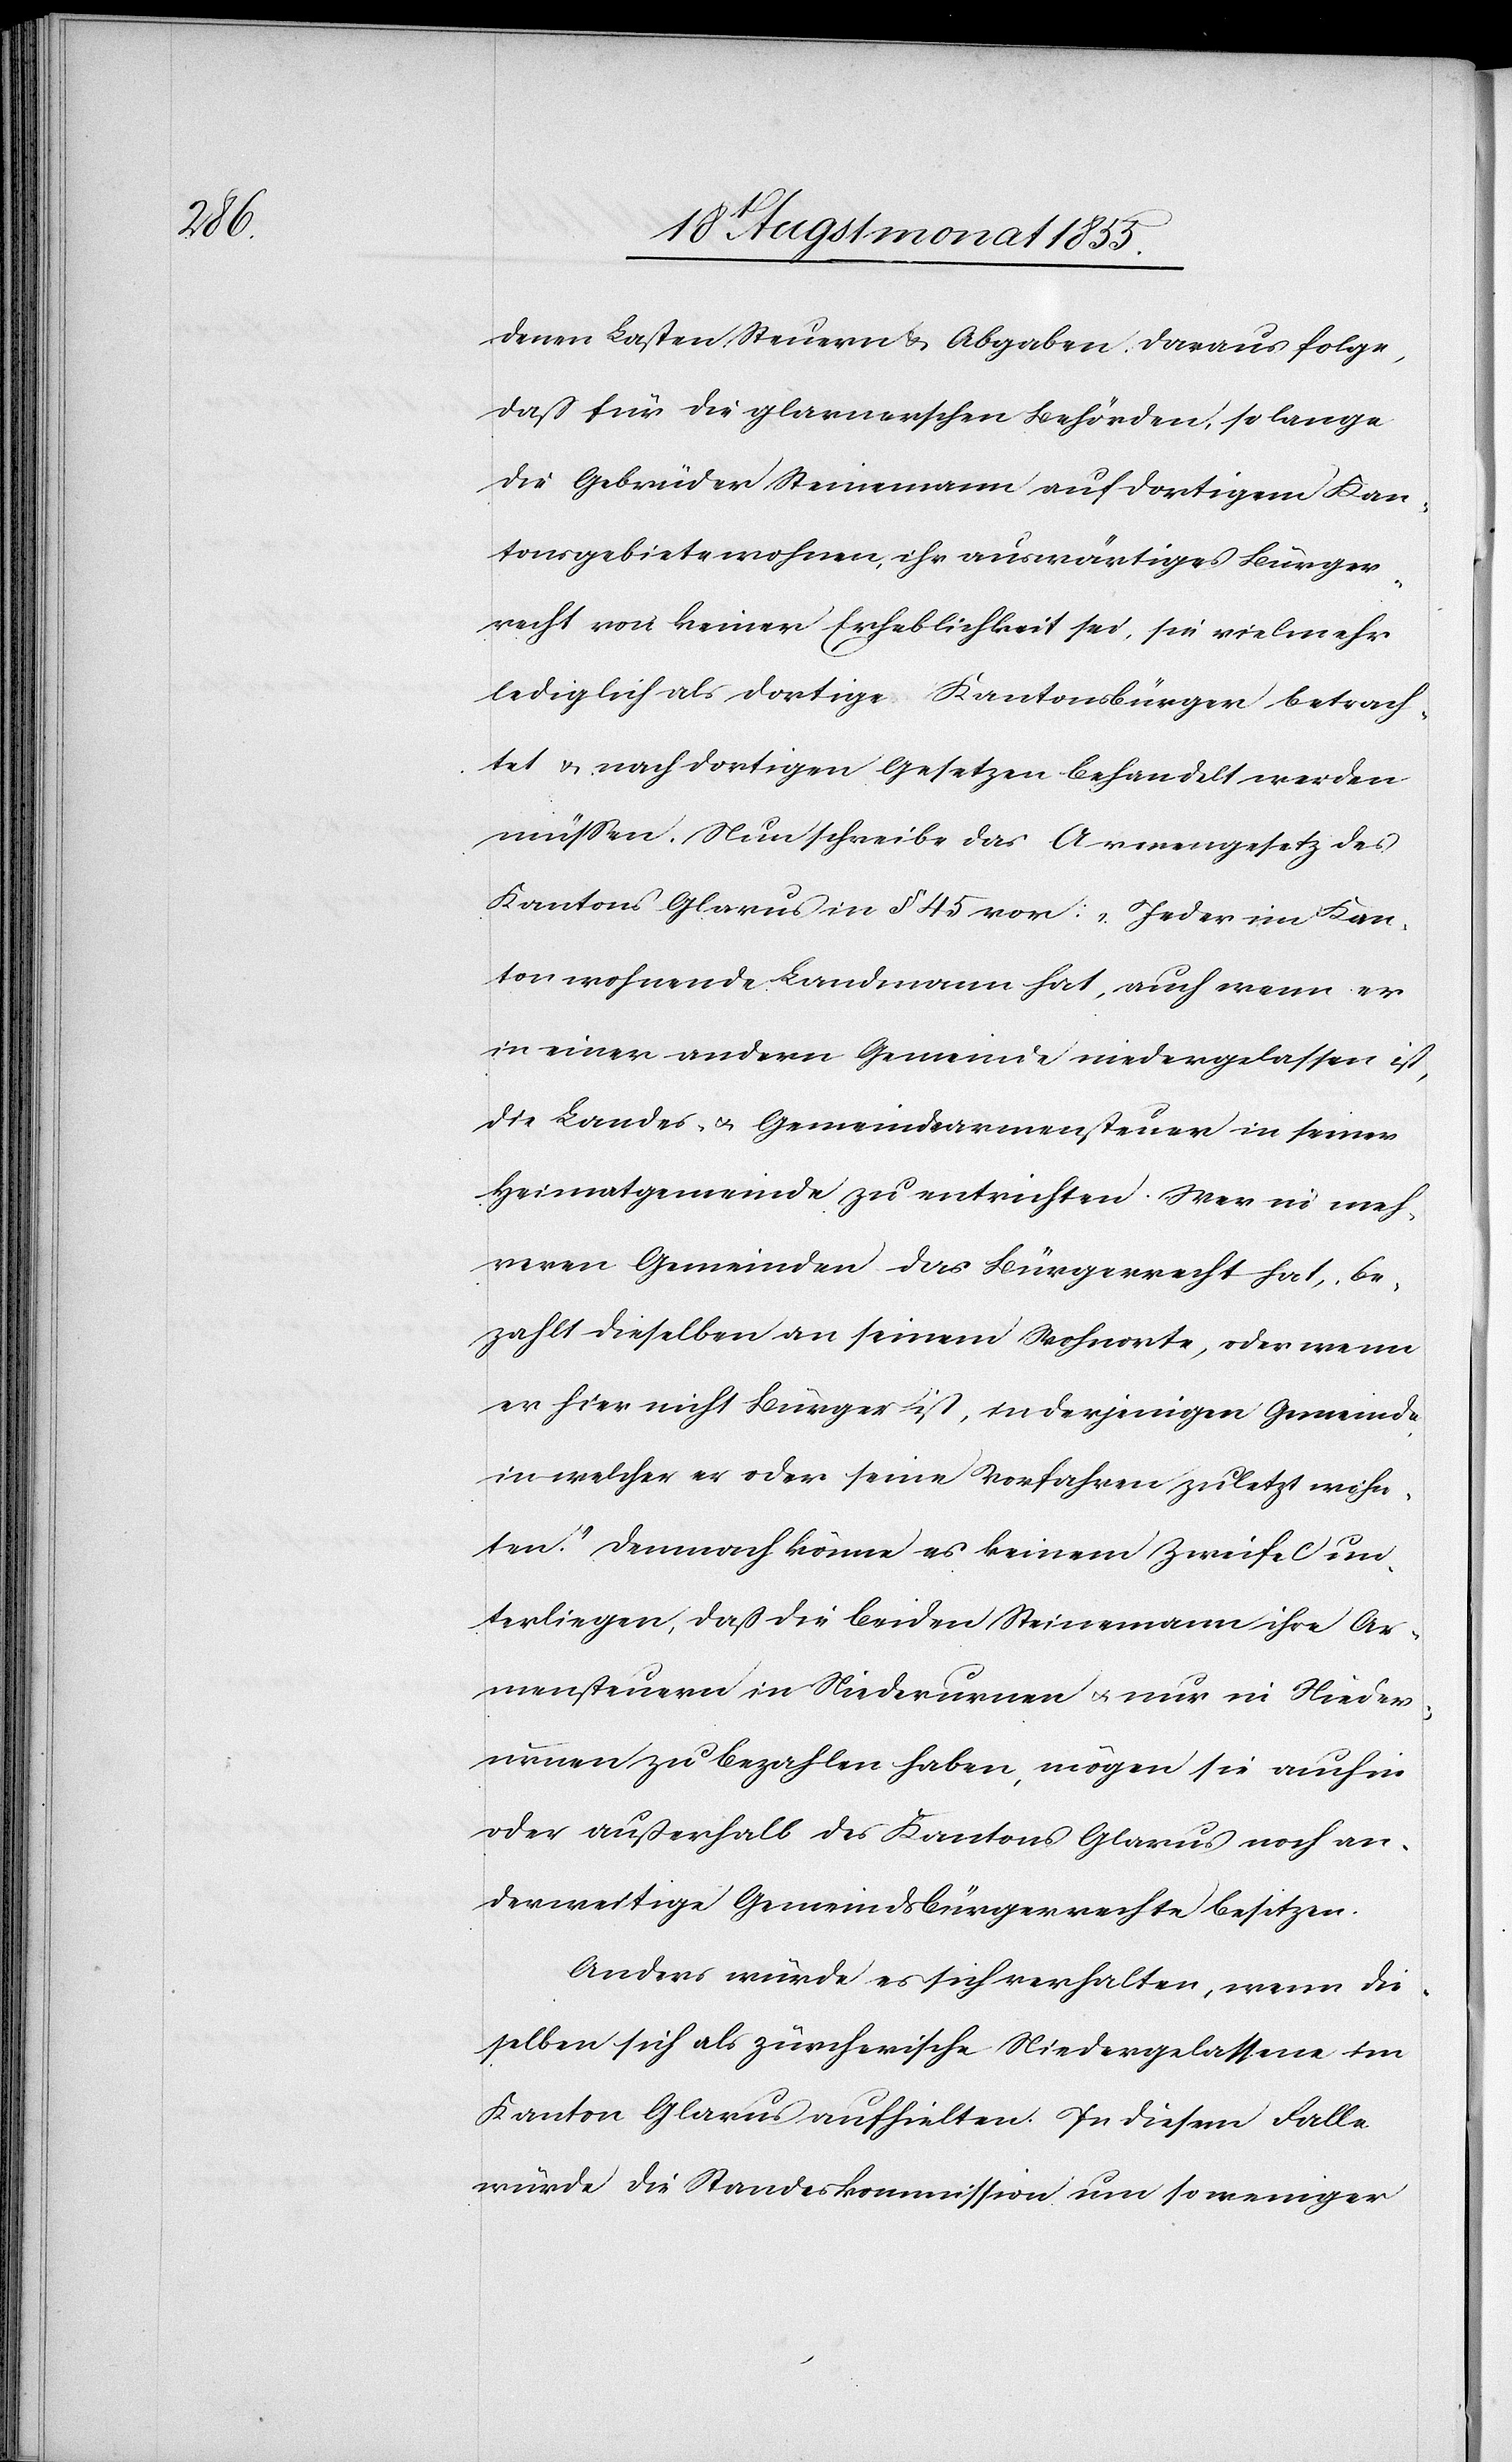
denen Lasten[,] Steuern & Abgaben. Daraus folge,
daß für die glarnerschen Behörden, so lange
die Gebrüder Steinemann auf dortigem Kan¬
tonsgebiete wohnen, ihr auswärtiges Bürger¬
recht von keiner Erheblichkeit sei, sie vielmehr
lediglich als dortige Kantonsbürger betrach¬
tet & nach dortigen Gesetzen behandelt werden
müssen. Nun schreibe das Armengesetz des
Kantons Glarus in § 45 vor: „Jeder im Kan¬
ton wohnende Landmann hat, auch wenn er
in einer andern Gemeinde niedergelassen ist,
die Landes- & Gemeindearmensteuer in seiner
Heimatgemeinde zu entrichten. Wer in meh¬
reren Gemeinden das Bürgerrecht hat, be¬
zahlt dieselben an seinem Wohnorte, oder wenn
er hier nicht Bürger ist, in derjenigen Gemeinde,
in welcher er oder seine Vorfahren zuletzt wohn¬
ten.“ Demnach könne es keinem Zweifel un¬
terliegen, daß die beiden Steinemann ihre Ar¬
mensteuern in Niederurnen & nur in Nieder¬
urnen zu bezahlen haben, mögen sie auch in
oder außerhalb des Kantons Glarus noch an¬
derweitige Gemeindsbürgerrechte besitzen.
Anders würde es sich verhalten, wenn die¬
selben sich als zürcherische Niedergelassene im
Kanton Glarus aufhielten. In diesem Falle
würde die Standeskommission um so weniger